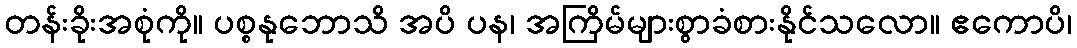
တန်းခိုးအစုံကို။ ပစ္စနုဘောသိ အပိ ပန၊ အကြိမ်များစွာခံစားနိုင်သလော။ ဧကောပိ၊